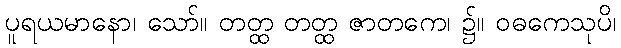
ပူရယမာနော၊ သော်။ တတ္ထ တတ္ထ ဇာတကေ၊ ၌။ ဝဓကေသုပိ၊